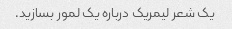
یک شعر لیمریک درباره یک لمور بسازید.